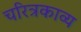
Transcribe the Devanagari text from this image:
चरित्रकाव्य